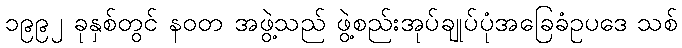
၁၉၉၂ ခုနှစ်တွင် နဝတ အဖွဲ့သည် ဖွဲ့စည်းအုပ်ချုပ်ပုံအခြေခံဥပဒေ သစ်